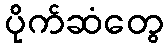
ပိုက်ဆံတွေ